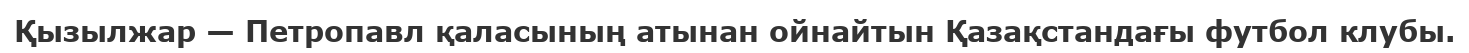
Қызылжар — Петропавл қаласының атынан ойнайтын Қазақстандағы футбол клубы.